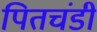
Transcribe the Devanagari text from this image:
पितचंडी